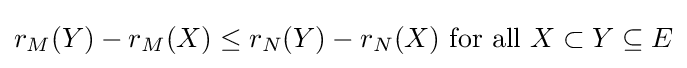
r_{M}(Y)-r_{M}(X)\leq r_{N}(Y)-r_{N}(X){\text{ for all }}X\subset Y\subseteq E